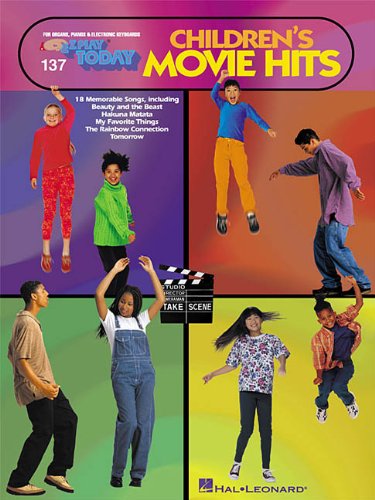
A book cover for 137 CHILDREN'S MOVIE HITS (E-Z Play Today); Teen & Young Adult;